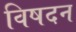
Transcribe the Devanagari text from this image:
विषदन